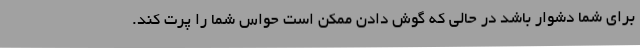
برای شما دشوار باشد در حالی که گوش دادن ممکن است حواس شما را پرت کند.